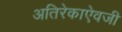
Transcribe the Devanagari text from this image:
अतिरेकाऐवजी